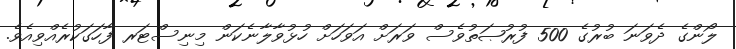
ލޯންގެ ދެވަނަ ބުރުގެ 500 ފުރުޞަތުވެސް ވަރަށް އަވަހަށް ހުޅުވާލާނެކަން މިނިސްޓަރ ފާހަގަކުރެއްވިއެވެ.